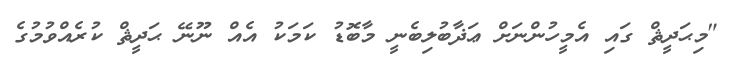
"މިޙަދީޘް ގައި އެމީހުންނަށް ޢަޛާބުލިބެނީ މާބޮޑު ކަމަކު އެއް ނޫނޭ ޙަދީޘް ކުރެއްވުމުގެ